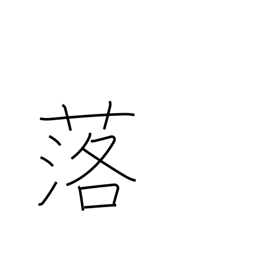
Meaning: come down